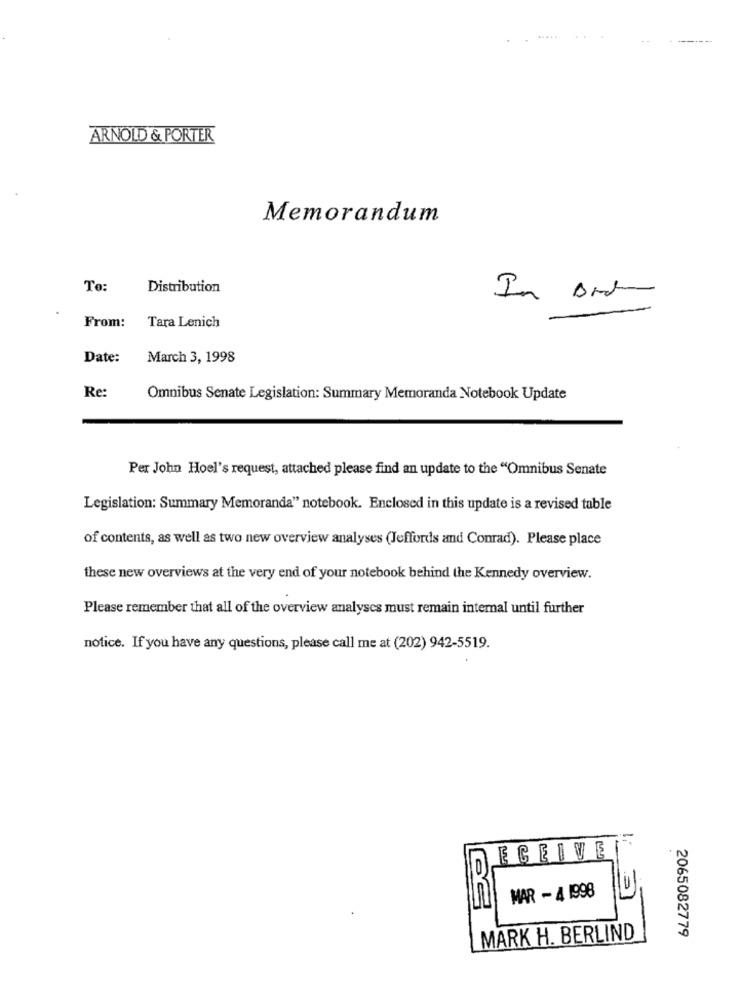
ARNOLD & PORTER
Memorandum
To:
Distribution
In ord
From: Tara Lenich
Date:
March 3, 1998
Re:
Omnibus Senate Legislation: Summary Memoranda Notebook Update
Per John Hoel's request, attached please find an update to the "Omnibus Senate
Legislation: Summary Memoranda" notebook. Enclosed in this update is a revised table
of contents, as well as two new overview analyses (Jeffords and Conrad). Please place
these new overviews at the very end of your notebook behind the Kennedy overview.
Please remember that all of the overview analyses must remain internal until further
notice. If you have any questions, please call me at (202) 942-5519.
ECEIVE
MAR - 4 1998
MARK H. BERLIND
2065082779